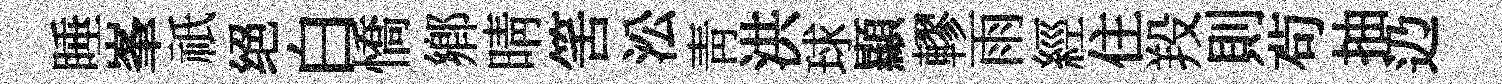
睡峯祇绝白憍鄕晴筈㳂靑洪球顯轇雨經住羖則茍抽辸